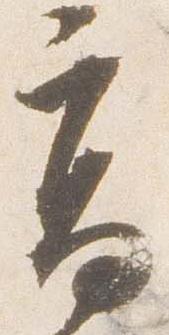
高